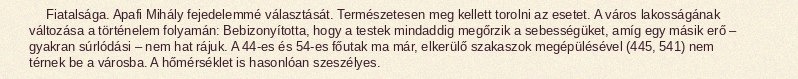
Fiatalsága. Apafi Mihály fejedelemmé választását. Természetesen meg kellett torolni az esetet. A város lakosságának változása a történelem folyamán: Bebizonyította, hogy a testek mindaddig megőrzik a sebességüket, amíg egy másik erő – gyakran súrlódási – nem hat rájuk. A 44-es és 54-es főutak ma már, elkerülő szakaszok megépülésével (445, 541) nem térnek be a városba. A hőmérséklet is hasonlóan szeszélyes.